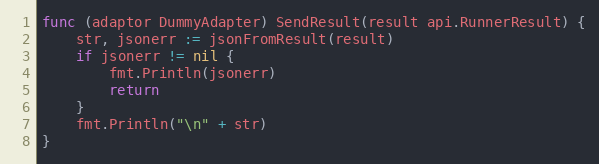
Language: Go
func (adaptor DummyAdapter) SendResult(result api.RunnerResult) {
	str, jsonerr := jsonFromResult(result)
	if jsonerr != nil {
		fmt.Println(jsonerr)
		return
	}
	fmt.Println("\n" + str)
}